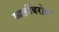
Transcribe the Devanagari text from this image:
व्यक्तींबरोबर